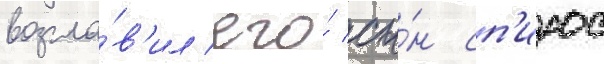
возгла́в'ил его́ сы́н сп'ирос